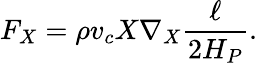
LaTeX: F_{X}=\rho v_{c}X\nabla_{X}{\frac{\ell}{2H_{P}}}.